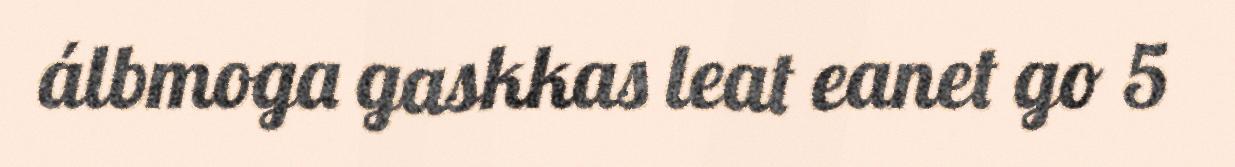
álbmoga gaskkas leat eanet go 5